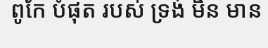
ពូកែ បំផុត របស់ ទ្រង់ មិន មាន